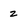
Character: 2